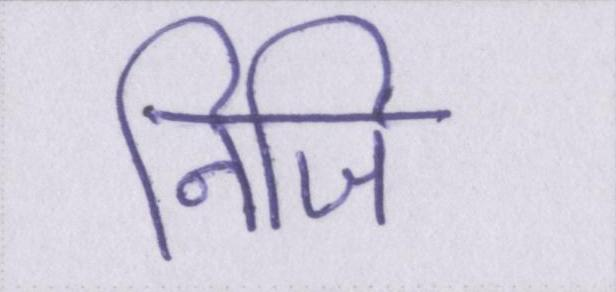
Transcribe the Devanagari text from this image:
निजि